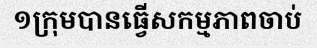
១ក្រុមបានធ្វើសកម្មភាពចាប់